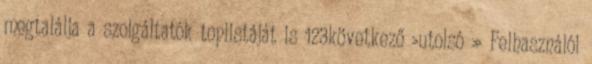
megtalálja a szolgáltatók toplistáját is 123következő ›utolsó » Felhasználói